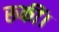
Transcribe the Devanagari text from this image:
रूकीं।